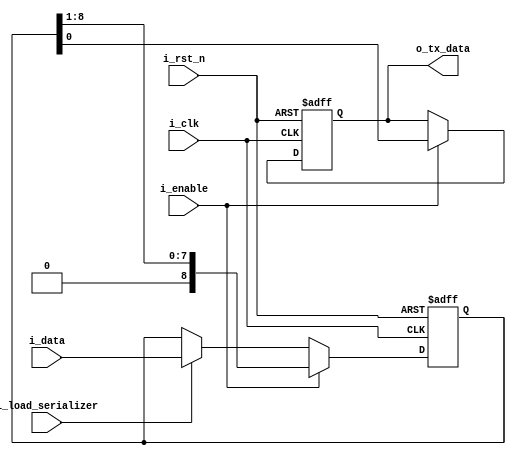
// Coder:           Eduardo Ethandrake Castillo, David Adrian Michel Torres
// Module name:	  parallel2serial
// Project Name:	  risc_v_top
// Description:	  Module that converts parallel2serial that is used in uart_tx

module parallel2serial #(parameter N=9) (
    input i_clk,
    input i_rst_n,
    input i_enable,
    input i_load_serializer,
    input [N-1:0] i_data,
    output reg o_tx_data
);

reg [N-1:0] temp_data;

always @(negedge i_rst_n, posedge i_clk)
    begin
        if (!i_rst_n) begin
            temp_data <= {N{1'b0}};
            o_tx_data <= 1'b0;
        end else begin
            if (i_enable) begin
                temp_data <= {1'b0, temp_data[N-1:1]};
                o_tx_data <= temp_data[0];
            end else if (i_load_serializer) begin
                temp_data <= i_data;
            end
        end
    end
	 
endmodule